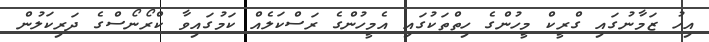
އިހު ޒަމާނުގައި ގްރީކް މީހުންގެ ހިތްތަކުގައި އެމީހުންގެ ރަސްކަލެއް ކަމުގައިވާ ކްރޯނޯސްގެ ދަރިކަލުން